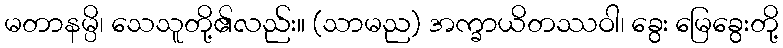
မတာနမ္ပိ၊ သေသူတို့၏လည်း။ (သာမည) အက္ခာယိတဿဝါ၊ ခွေး မြေခွေးတို့